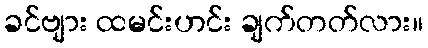
ခင်ဗျား ထမင်းဟင်း ချက်တတ်လား။